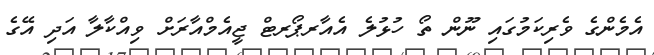
އެމެންގެ ވެރިކަމުގައި ނޫން ތޯ ހުޅުލެ އެއާރޕޯރޓް ޖީއެމްއާރަށް ވިއްކާލާ އަދި އޭގެ